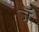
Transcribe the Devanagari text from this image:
जॅ